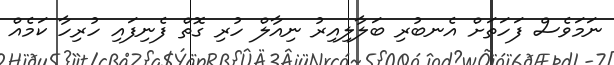
ނަމަވެސް ފަހަތަށް އެނބުރި ބަލާލިއިރު ނިއާލް ހުރި ގޮތް ފެނިފައި ހުރިހާ ކަމެއް